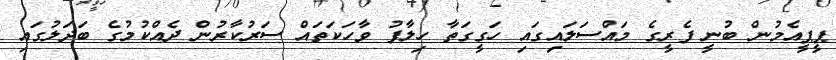
ޕީޕީއެމުން ބުނީ ފެރީގެ މައްސަލައިގައި ހަގީގަތާ ހިލާފު ވާހަކަތައް ސަރުކާރުން ދެއްކުމުގެ ބަދަލުގައި